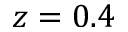
z = 0 . 4